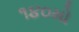
૧૪૦મો